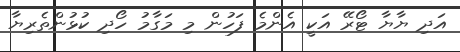
އަދި ޔާޔާ ޓޯރޭ އަކީ އެންމެ ފަހުން މި މަގާމު ހޯދި ކުޅުންތެރިޔާ